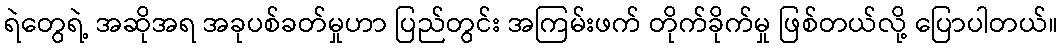
ရဲတွေရဲ့ အဆိုအရ အခုပစ်ခတ်မှုဟာ ပြည်တွင်း အကြမ်းဖက် တိုက်ခိုက်မှု ဖြစ်တယ်လို့ ပြောပါတယ်။